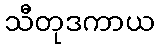
သီတုဒကာယ